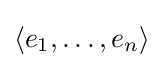
\langle e_{1},\dots ,e_{n}\rangle